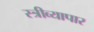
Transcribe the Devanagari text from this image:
स्त्रीव्यापार